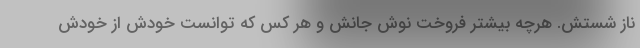
ناز شستش. هرچه بیشتر فروخت نوش جانش و هر کس که توانست خودش از خودش